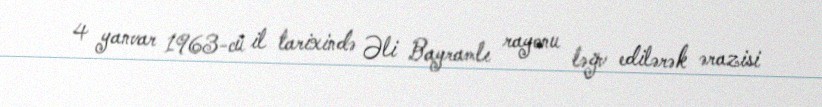
4 yanvar 1963-cü il tarixində Əli Bayramlı rayonu ləğv edilərək ərazisi